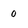
Character: 0